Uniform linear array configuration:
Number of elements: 64
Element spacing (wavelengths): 0.25
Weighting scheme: hann
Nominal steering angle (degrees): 60
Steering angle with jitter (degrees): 59.633
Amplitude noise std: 0.05
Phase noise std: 0.05

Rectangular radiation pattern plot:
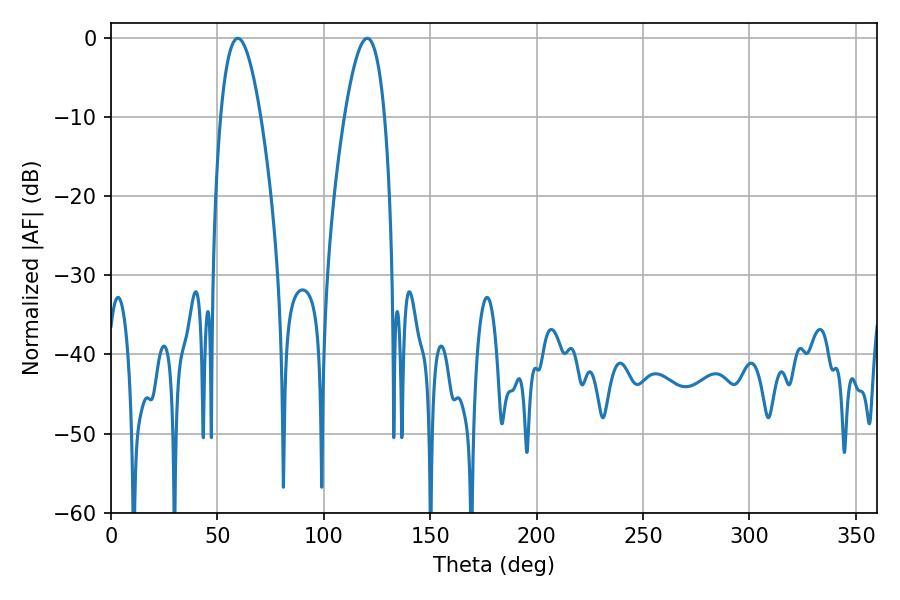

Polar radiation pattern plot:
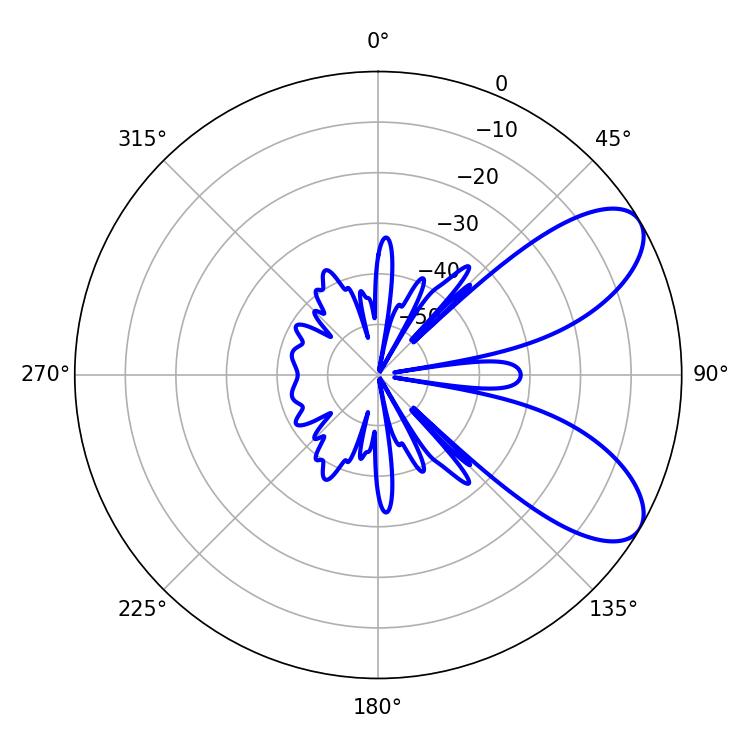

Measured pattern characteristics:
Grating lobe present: FALSE
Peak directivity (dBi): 7.742
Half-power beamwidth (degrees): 10.26
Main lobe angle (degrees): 59.58